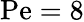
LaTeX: \mathrm{Pe}=8